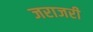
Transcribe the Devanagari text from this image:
जराजरी